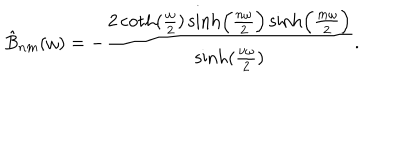
\hat { B } _ { n m } ( \omega ) = - { \frac { 2 \coth ( { \frac { \omega } { 2 } } ) \sinh \Bigl ( { \frac { n \omega } { 2 } } \Bigr ) \sinh \Bigl ( { \frac { m \omega } { 2 } } \Bigr ) } { \sinh ( { \frac { \nu \omega } { 2 } } ) } } .